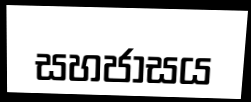
සහජාසය